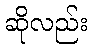
ဆိုလည်း